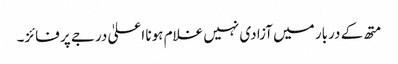
متھ کے دربار میں آزادی نہیں غلام ہونا اعلیٰ درجے پر فائز۔